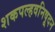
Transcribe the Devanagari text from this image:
शकपल्हवनिषूदन